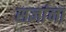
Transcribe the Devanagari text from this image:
सज्ञांना